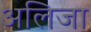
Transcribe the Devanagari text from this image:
अलिजा